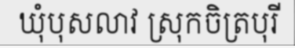
ឃុំបុសលាវ ស្រុកចិត្របុរី